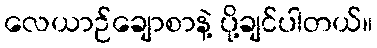
လေယာဉ်ချောစာနဲ့ ပို့ချင်ပါတယ်။